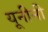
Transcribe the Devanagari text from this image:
यूनीनी